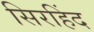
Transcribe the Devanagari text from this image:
सिरहिंद